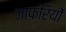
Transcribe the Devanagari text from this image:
जाफरियों